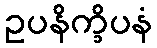
ဥပနိက္ခိပနံ